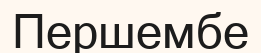
Першембе